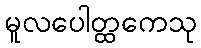
မူလပေါတ္ထကေသု